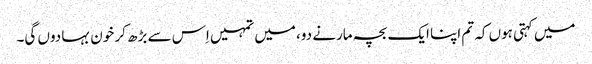
میں کہتی ہوں کہ تم اپنا ایک بچہ مارنے دو، میں تمہیں اِس سے بڑھ کر خون بہا دوں گی۔